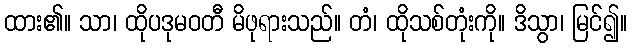
ထား၏။ သာ၊ ထိုပဒုမဝတီ မိဖုရားသည်။ တံ၊ ထိုသစ်တုံးကို။ ဒိသွာ၊ မြင်၍။